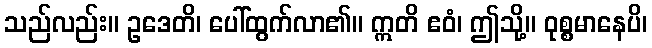
သည်လည်း။ ဥဒေတိ၊ ပေါ်ထွက်လာ၏။ ဣတိ ဧဝံ၊ ဤသို့။ ဝုစ္စမာနေပိ၊